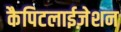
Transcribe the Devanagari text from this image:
कैपिटलाईज़ेशन